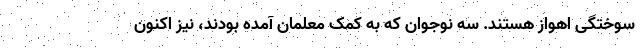
سوختگی اهواز هستند. سه نوجوان که به کمک معلمان آمده بودند، نیز اکنون